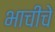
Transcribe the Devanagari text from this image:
भाचीचे